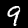
Label: 9